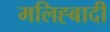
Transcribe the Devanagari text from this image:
मलिह्बादी